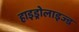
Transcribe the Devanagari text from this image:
हाइड्रोलाइज्ड